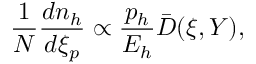
\frac { 1 } { N } \frac { d n _ { h } } { d \xi _ { p } } \propto \frac { p _ { h } } { E _ { h } } \bar { D } ( \xi , Y ) ,